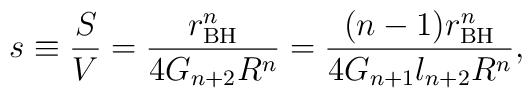
s \equiv \frac{S}{V}=\frac{r_{\rm BH}^n}{4G_{n+2}R^n}    =\frac{(n-1)r_{\rm BH}^n}{4G_{n+1}l_{n+2}R^n},